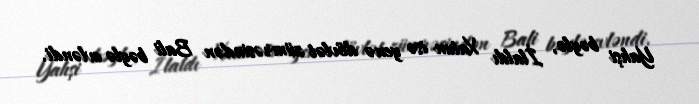
Yahşi bəylə, İlaldı Xatun isə yenə dövlət zümrəsindən Bali bəylə evləndi.